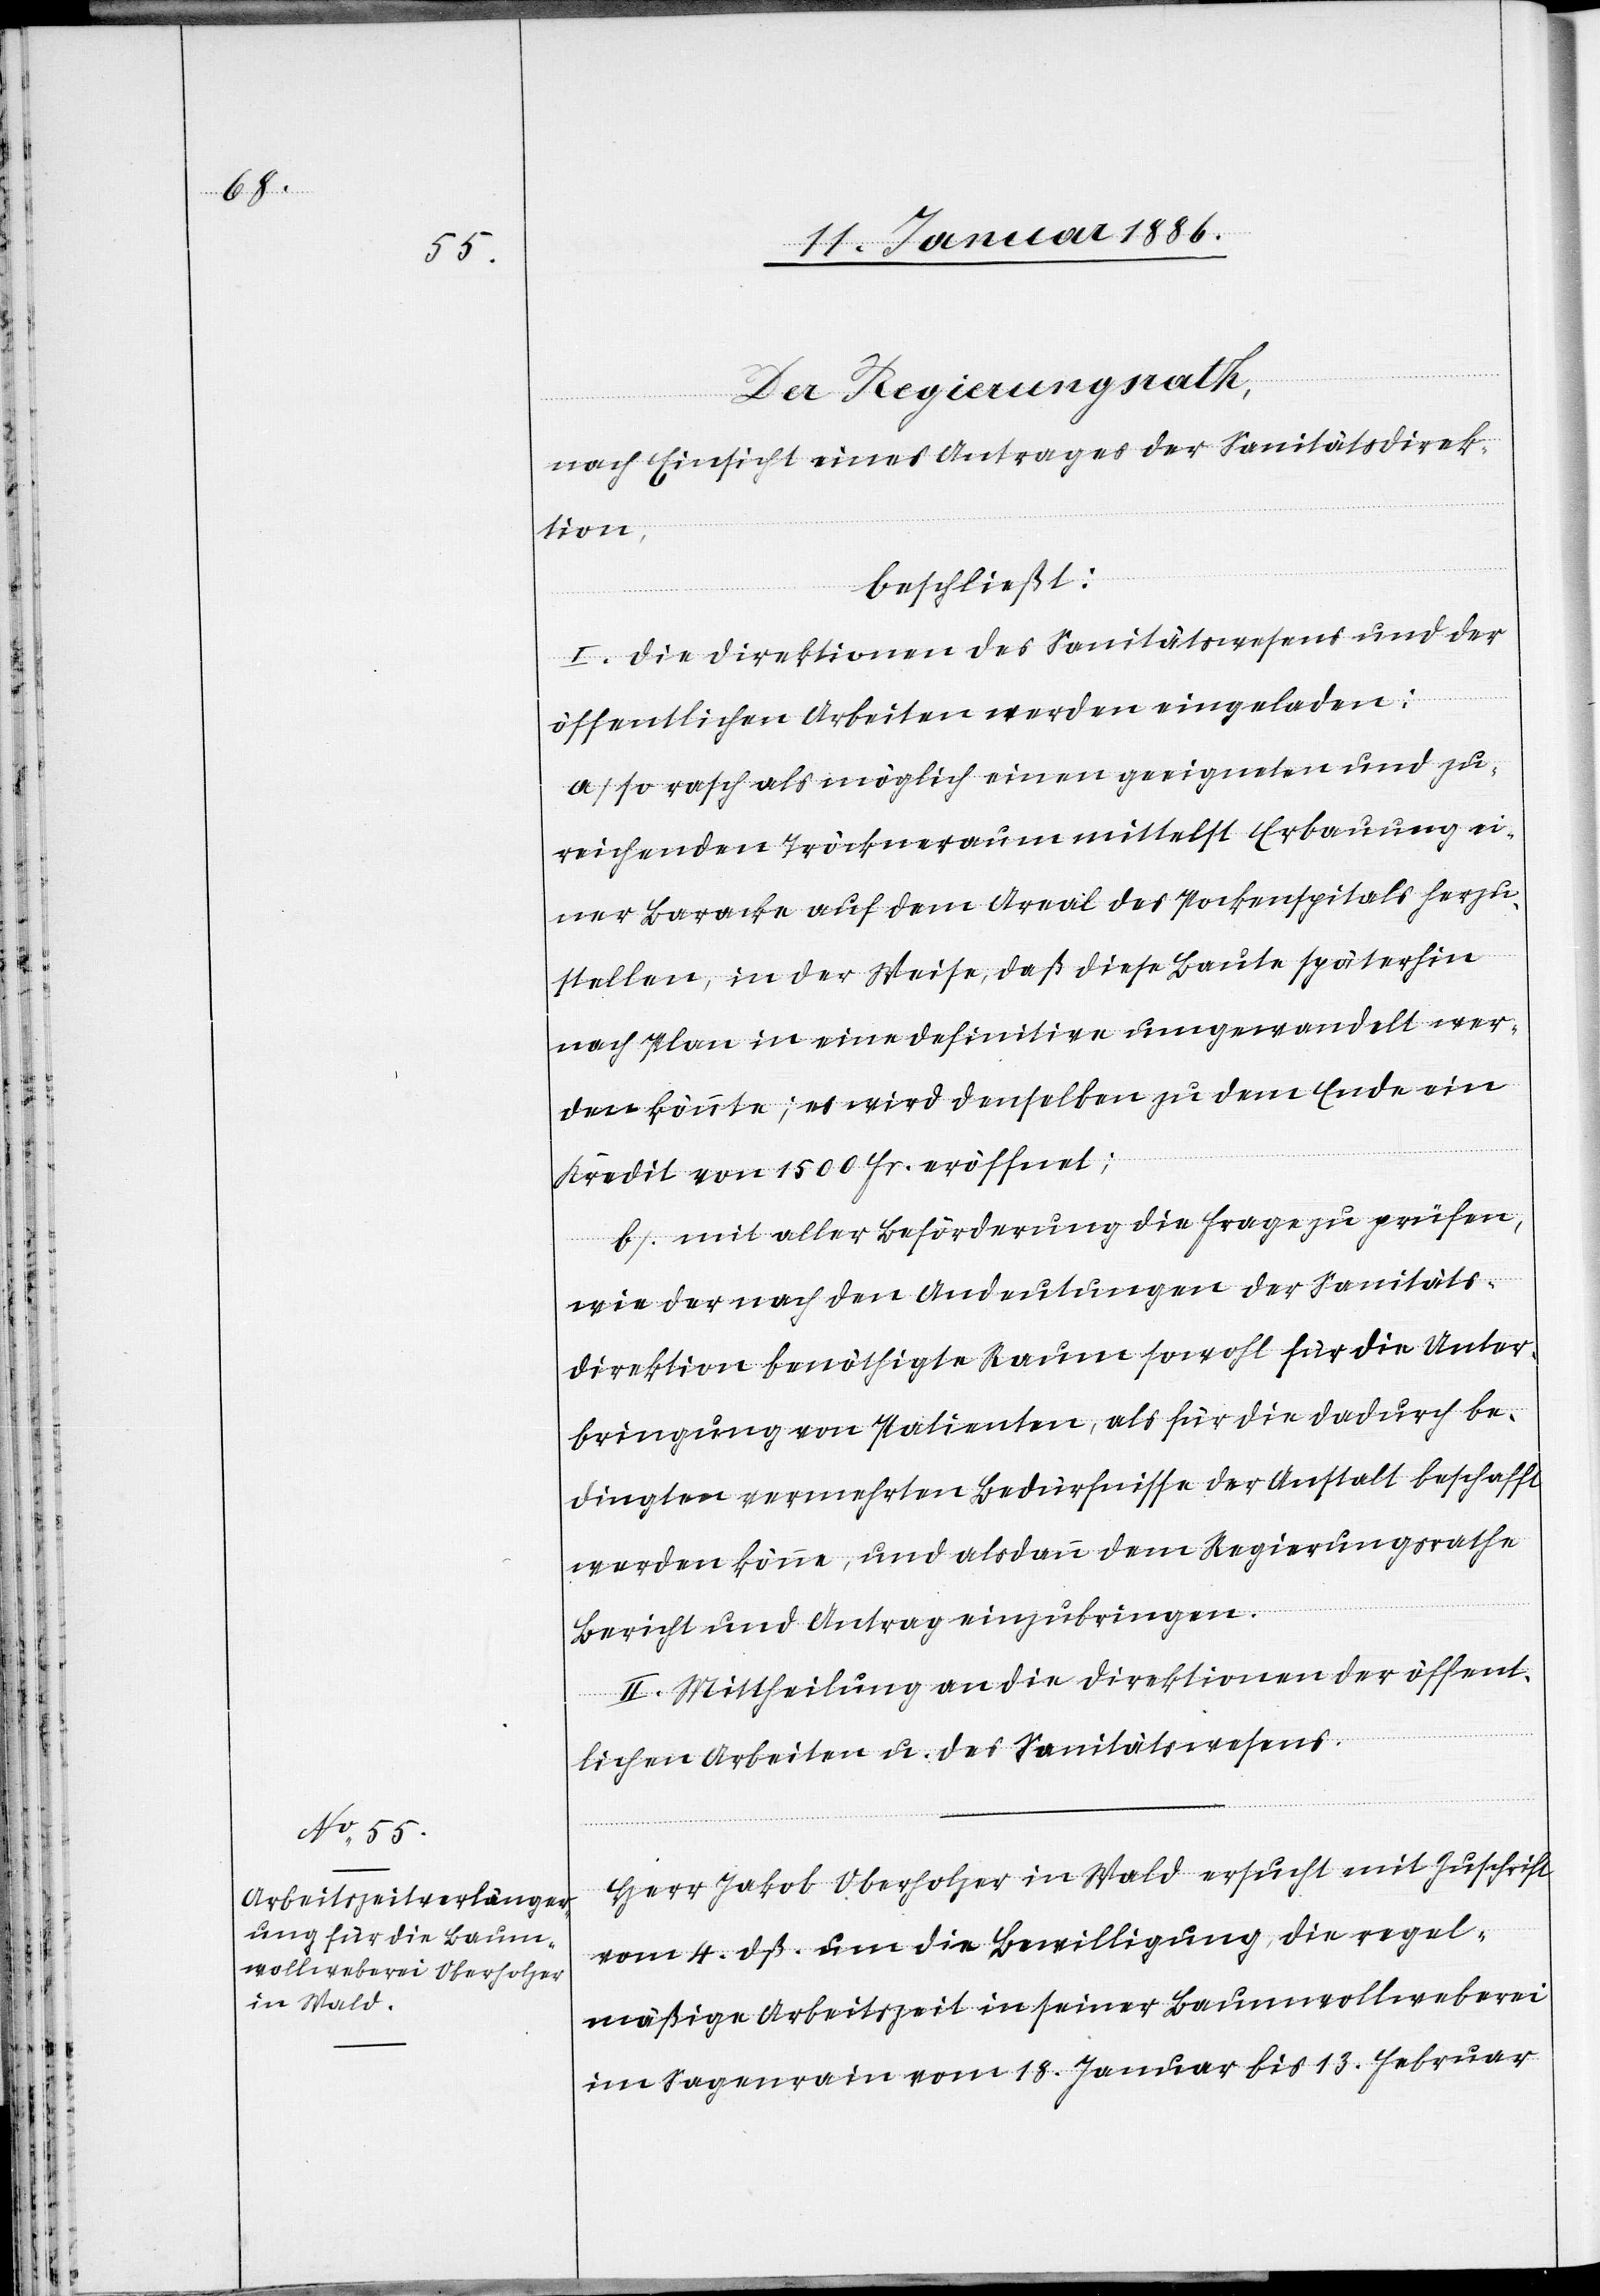
Der Regierungsrath,
nach Einsicht eines Antrages der Sanitätsdirek¬
tion,
beschließt:
I. Die Direktion des Sanitätswesens und der
öffentlichen Arbeiten werden eingeladen:
a) So rasch als möglich einen geeigneten und zu¬
reichenden Trockenraum mittelst Erbauung ei¬
ner Baracke auf dem Areal des Pockenspitals herzu¬
stellen, in der Weise, daß diese Baute späterhin
nach Plan in eine definitive umgewandelt wer¬
den könnte; es wird denselben zu dem Ende ein
Kredit von 1500 Fr. eröffnet;
b) Mit aller Beförderung die Frage zu prüfen,
wie der nach den Andeutungen der Sanitäts¬
direktion benöthigte Raum, sowol für die Unter¬
bringung von Patienten, als für die dadurch be¬
dingten vermehrten Bedürfnisse der Anstalt beschafft
werden können, und als dann dem Regierungsrathe
Bericht und Antrag einzubringen.
II. Mittheilung an die Direktion der öffent¬
lichen Arbeiten u. des Sanitätswesens.
Herr Jakob Oberholzer in Wald ersucht mit Zuschrift
vom 4. dß. um die Bewilligung, die regel¬
mäßige Arbeitszeit in seiner Baumwollweberei
im Sagenrain vom 18. Januar bis 13. Februar